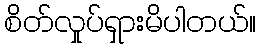
စိတ်လှုပ်ရှားမိပါတယ်။